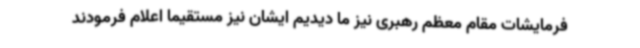
فرمایشات مقام معظم رهبری نیز ما دیدیم ایشان نیز مستقیما اعلام فرمودند